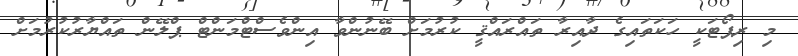
މި ރިޕޯޓަކީ ހަކަތައިގެ ދާއިރާ ތައްރައްޤީ ކުރުމަށް ބޭނުންވާ އިންވެސްޓްމަންޓް ޕްލޭން ތައްޔާރުކުރުމަށް